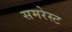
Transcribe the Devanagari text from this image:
समरेस्ट